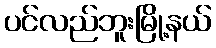
ပင်လည်ဘူးမြို့နယ်